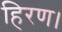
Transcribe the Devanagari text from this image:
हिरण।